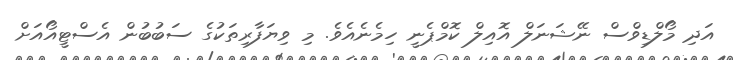
އަދި މޯލްޑިވްސް ނޭޝަނަލް އޮއިލް ކޮމްޕެނީ ހިމެނެއެވެ. މި ވިޔަފާރިތަކުގެ ސަބުބުން އެސްޓީއޯއަށް